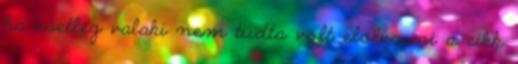
ha esetleg valaki nem tudta volt elolvasni a cikk